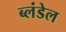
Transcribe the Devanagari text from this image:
ब्लंडेल